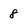
Character: 8